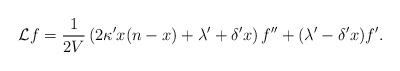
LaTeX: \begin{align*} {\cal L} f = \frac{1}{2V}\left(2\kappa' x(n-x) + \lambda'+\delta' x\right) f'' +(\lambda' - \delta' x)f'.\end{align*}